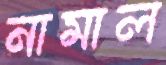
নামাল